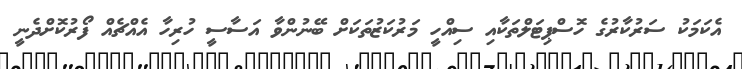
އެކަމަކު ސަރުކާރުގެ ހޮސްޕިޓަލްތަކާއި ސިއްހީ މަރުކަޒުތަކަށް ބޭނުންވާ އަސާސީ ހުރިހާ އެއްޗެއް ފޯރުކޮށްދެނީ